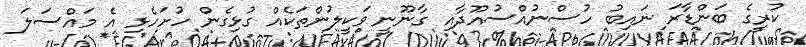
ކުރީގެ ބަންޑާރަ ނައިބު ހުސްނުއްސުއޫދާއި ގާނޫނީ ވަކީލުންތަކެއް ގުޅިގެން ހުށަހެޅި އެ މައްސަލަ